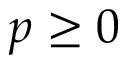
p \geq 0